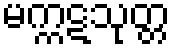
မက္ကဋသုတ္တ